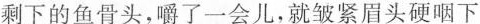
剩下的鱼骨头，嚼了一会儿，就皱紧眉头硬咽下